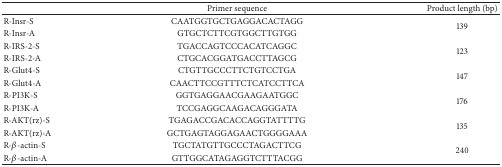
<table><thead><tr><td><b> </b></td><td><b>Primer sequence</b></td><td><b>Product length (bp)</b></td></tr></thead><tbody><tr><td>R-Insr-S</td><td>CAATGGTGCTGAGGACACTAGG</td><td rowspan="2">139</td></tr><tr><td>R-Insr-A</td><td>GTGCTCTTCGTGGCTTGTGG</td></tr><tr><td>R-IRS-2-S</td><td>TGACCAGTCCCACATCAGGC</td><td rowspan="2">123</td></tr><tr><td>R-IRS-2-A</td><td>CTGCACGGATGACCTTAGCG</td></tr><tr><td>R-Glut4-S</td><td>CTGTTGCCCTTCTGTCCTGA</td><td rowspan="2">147</td></tr><tr><td>R-Glut4-A</td><td>CAACTTCCGTTTCTCATCCTTCA</td></tr><tr><td>R-PI3K-S</td><td>GGTGAGGAACGAAGAATGGC</td><td rowspan="2">176</td></tr><tr><td>R-PI3K-A</td><td>TCCGAGGCAAGACAGGGATA</td></tr><tr><td>R-AKT(rz)-S</td><td>TGAGACCGACACCAGGTATTTTG</td><td rowspan="2">135</td></tr><tr><td>R-AKT(rz)-A</td><td>GCTGAGTAGGAGAACTGGGGAAA</td></tr><tr><td>R-<i>β</i>-actin-S</td><td>TGCTATGTTGCCCTAGACTTCG</td><td rowspan="2">240</td></tr><tr><td>R-<i>β</i>-actin-A</td><td>GTTGGCATAGAGGTCTTTACGG</td></tr></tbody></table>